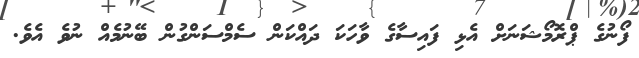
ފޯނުގެ ޕްރޮމޯޝަނަށް އެޅި ފައިސާގެ ވާހަކަ ދައްކަން ސެމްސަންގުން ބޭނުމެއް ނުވެ އެވެ.